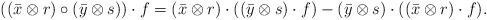
\begin{align*}((\bar{x}\otimes r)\circ (\bar{y}\otimes s)) \cdot f& = (\bar{x}\otimes r)\cdot ((\bar{y}\otimes s)\cdot f)-(\bar{y}\otimes s)\cdot ((\bar{x}\otimes r)\cdot f).\end{align*}